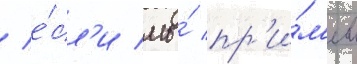
/ е́сл'и мы́ пр'и́м'ем